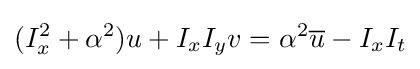
(I_{x}^{2}+\alpha ^{2})u+I_{x}I_{y}v=\alpha ^{2}{\overline {u}}-I_{x}I_{t}